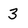
Character: 3